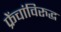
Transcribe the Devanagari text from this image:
फ्रेंचांविरुद्ध